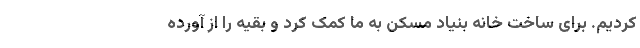
کردیم. برای ساخت خانه بنیاد مسکن به ما کمک کرد و بقیه را از آورده